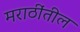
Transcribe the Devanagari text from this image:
मराठींतील